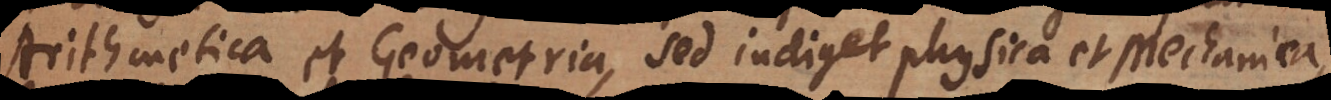
rithmetica et Geometria, sed indiget Physica et Mechanica,